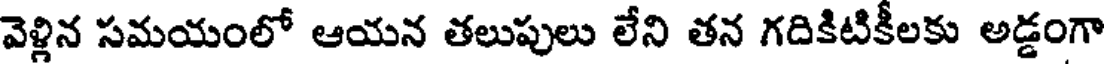
వెళ్లిన సమయంలో ఆయన తలుపులు లేని తన గదికిటికీలకు అడ్డంగా